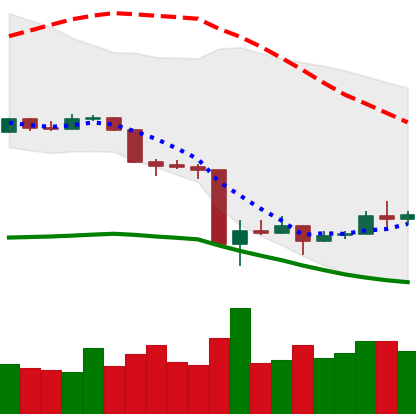
Ticker: XMR-USD
Chart end date: 2020-03-21
Forward return: 21.966%
Label: up_7plus